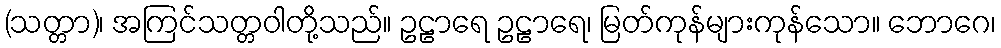
(သတ္တာ)၊ အကြင်သတ္တဝါတို့သည်။ ဥဠာရေ ဥဠာရေ၊ မြတ်ကုန်များကုန်သော။ ဘောဂေ၊